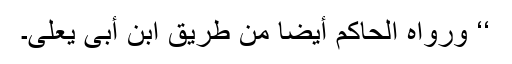
‘‘ ورواہ الحاکم أیضا من طریق ابن أبی یعلی۔